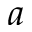
a